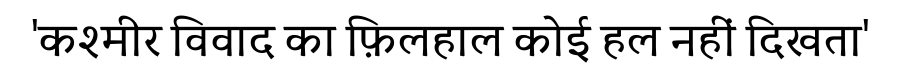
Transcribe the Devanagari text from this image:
'कश्मीर विवाद का फ़िलहाल कोई हल नहीं दिखता'